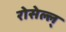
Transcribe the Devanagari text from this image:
रोसेल्ल्